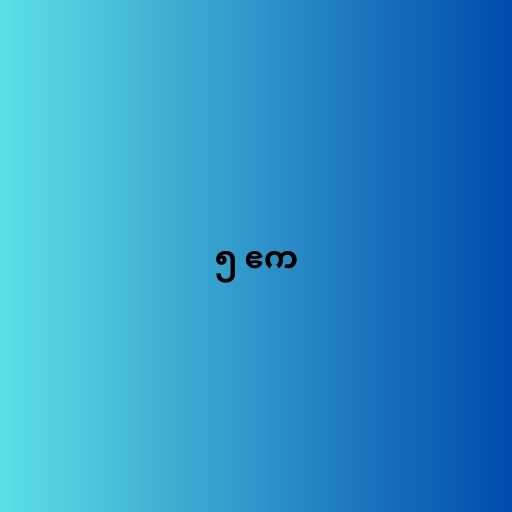
၅ ဧက